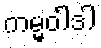
ကမ္မဝါဒါ